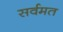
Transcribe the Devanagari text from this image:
सर्वमत